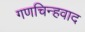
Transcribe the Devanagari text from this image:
गणचिन्हवाद